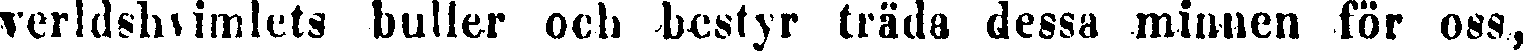
verldshvimlets buller och bestyr träda dessa minnen för oss,